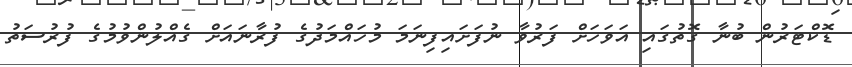
ޑޮކްޓަރުން ބުނާ ގޮތުގައި އަވަހަށް ފަރުވާ ނުފަށައިފިނަމަ މުހައްމަދުގެ ފުރާނައަށް ގެއްލުންވުމުގެ ފުރުސަތު